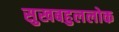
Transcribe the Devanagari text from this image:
सुखबहुललोक